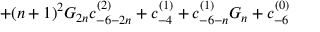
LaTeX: + ( n + 1 ) ^ { 2 } G _ { 2 n } c _ { - 6 - 2 n } ^ { ( 2 ) } + c _ { - 4 } ^ { ( 1 ) } + c _ { - 6 - n } ^ { ( 1 ) } G _ { n } + c _ { - 6 } ^ { ( 0 ) }